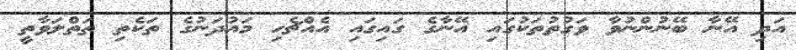
އަދި އޭނާ ބޭނުންނުވާ ވަގުތުތަކުގައި އޭނާގެ ގައިގައި އެއްޗެހި މައުދަނުގެ ތަކެތި ތަތްލަވާތީ